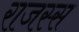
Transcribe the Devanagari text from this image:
राजस्स